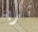
ثرية